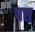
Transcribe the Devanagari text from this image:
पष्ठ